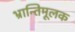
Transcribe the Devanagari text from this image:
भ्रान्तिमूलक